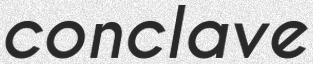
conclave